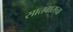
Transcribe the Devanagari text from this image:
सातबाराचा